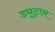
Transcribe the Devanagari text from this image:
ड्यूट्रान